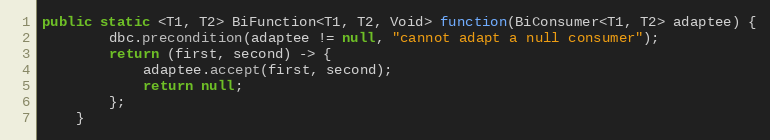
Language: Java
public static <T1, T2> BiFunction<T1, T2, Void> function(BiConsumer<T1, T2> adaptee) {
        dbc.precondition(adaptee != null, "cannot adapt a null consumer");
        return (first, second) -> {
            adaptee.accept(first, second);
            return null;
        };
    }